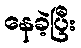
နေခဲ့ပြီး